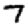
Digit: 7